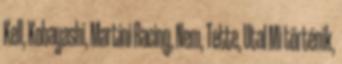
Kell, Kobayashi, Martini Racing, Nem, Tette, Utal Mi történik,